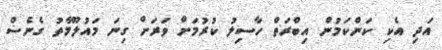
އަދި އެކި ކަންކަމުން އިބްރަތް ހާސިލު ކުރުމަށް ވަރަށް ގިނަ މައުލޫމާތު ގެނެސް